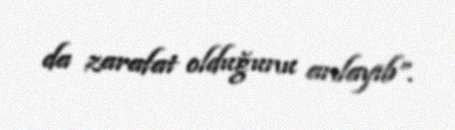
da zarafat olduğunu anlayıb”.